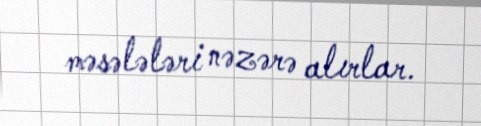
məsələləri nəzərə alırlar.